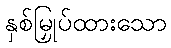
နှစ်မြှုပ်ထားသော